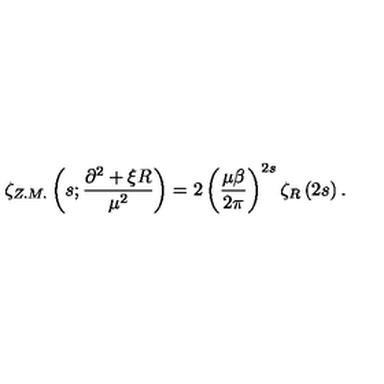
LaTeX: \zeta _ { Z . M . } \left( s ; \frac { \partial ^ { 2 } + \xi R } { \mu ^ { 2 } } \right) = 2 \left( \frac { \mu \beta } { 2 \pi } \right) ^ { 2 s } \zeta _ { R } \left( 2 s \right) .